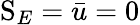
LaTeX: \mathrm{S}_{E}=\bar{u}=0